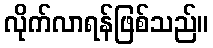
လိုက်လာရန်ဖြစ်သည်။